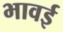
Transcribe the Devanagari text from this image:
भावई